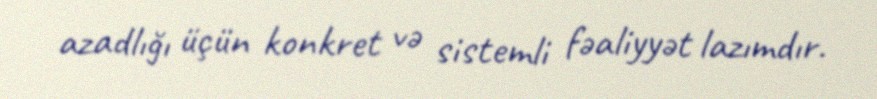
azadlığı üçün konkret və sistemli fəaliyyət lazımdır.